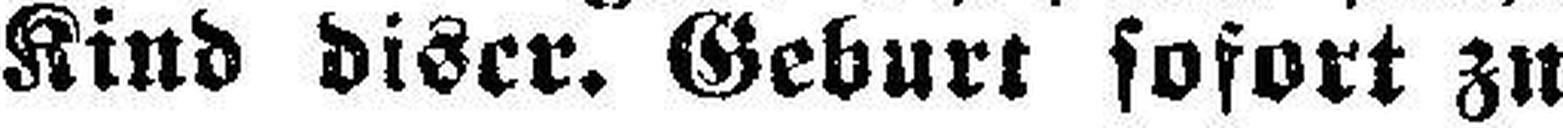
Kind diser. Geburt sofort zu